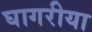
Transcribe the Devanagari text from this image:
घागरीया